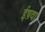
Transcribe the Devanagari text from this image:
ईष़वा